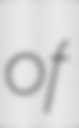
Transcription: of